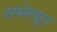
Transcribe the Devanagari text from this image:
सभेमधून